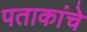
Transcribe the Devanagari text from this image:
पताकांचे